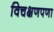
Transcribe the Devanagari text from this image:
विचक्षणपणा